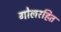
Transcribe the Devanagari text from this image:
गोलरहित